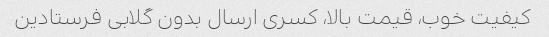
کیفیت خوب، قیمت بالا، کسری ارسال بدون گلابی فرستادین